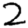
Digit: 2